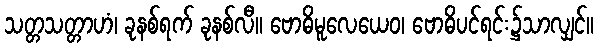
သတ္တသတ္တာဟံ၊ ခုနစ်ရက် ခုနစ်လီ။ ဗောဓိမူလေယေဝ၊ ဗောဓိပင်ရင်း၌သာလျှင်။